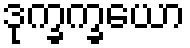
ဒုက္ခက္ခယော